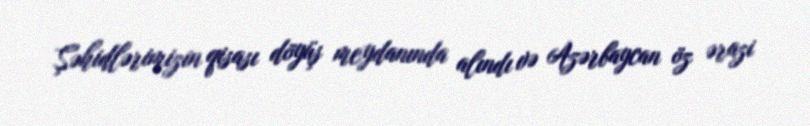
Şəhidlərimizin qisası döyüş meydanında alındı və Azərbaycan öz ərazi